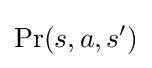
\Pr(s,a,s')